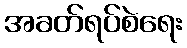
အခတ်ရပ်စဲရေး